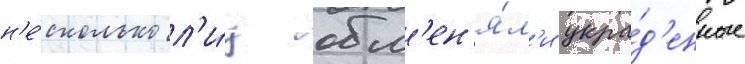
н'е́сколько л'и́ц обм'ен'я́л'и укра́д'енные